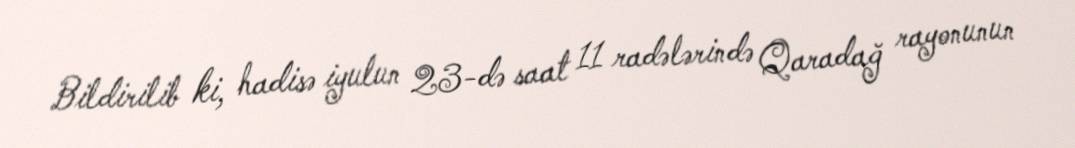
Bildirilib ki, hadisə iyulun 23-də saat 11 radələrində Qaradağ rayonunun